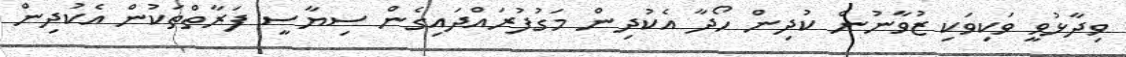
ވިދާޅުވީ ވަކިވަކި ޒުވާނުން ކުދިން ހޯދާ އެކުދިން މަގުފުރައްދައިގެން ސިޔާސީ ފަރާތްތަކުން އެކުދިން